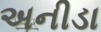
અનીડા